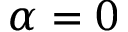
\alpha = 0